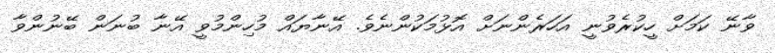
ވާނޭ ކަމަށް ހީކުރެވުނީ އަހަރެންނަށް އޮޅުމަކުންނެވެ. އޭނާޔައް މުހިންމުވީ އޭނާ ބުނަން ބޭނުންވާ